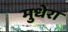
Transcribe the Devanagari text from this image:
मुधेरा